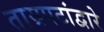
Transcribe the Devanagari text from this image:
ताम्रपटांद्वारे